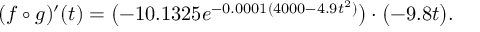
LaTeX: ( f \circ g ) ^ { \prime } ( t ) = { \big ( } { \mathord { - } } 1 0 . 1 3 2 5 e ^ { - 0 . 0 0 0 1 ( 4 0 0 0 - 4 . 9 t ^ { 2 } ) } { \big ) } \cdot { \big ( } { \mathord { - } } 9 . 8 t { \big ) } .